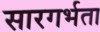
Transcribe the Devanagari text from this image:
सारगर्भता